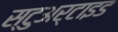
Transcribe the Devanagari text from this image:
स्टुअर्टाइड